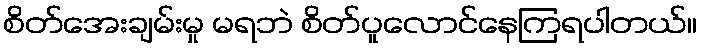
စိတ်အေးချမ်းမှု မရဘဲ စိတ်ပူလောင်နေကြရပါတယ်။